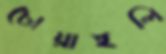
চোয়াইলি